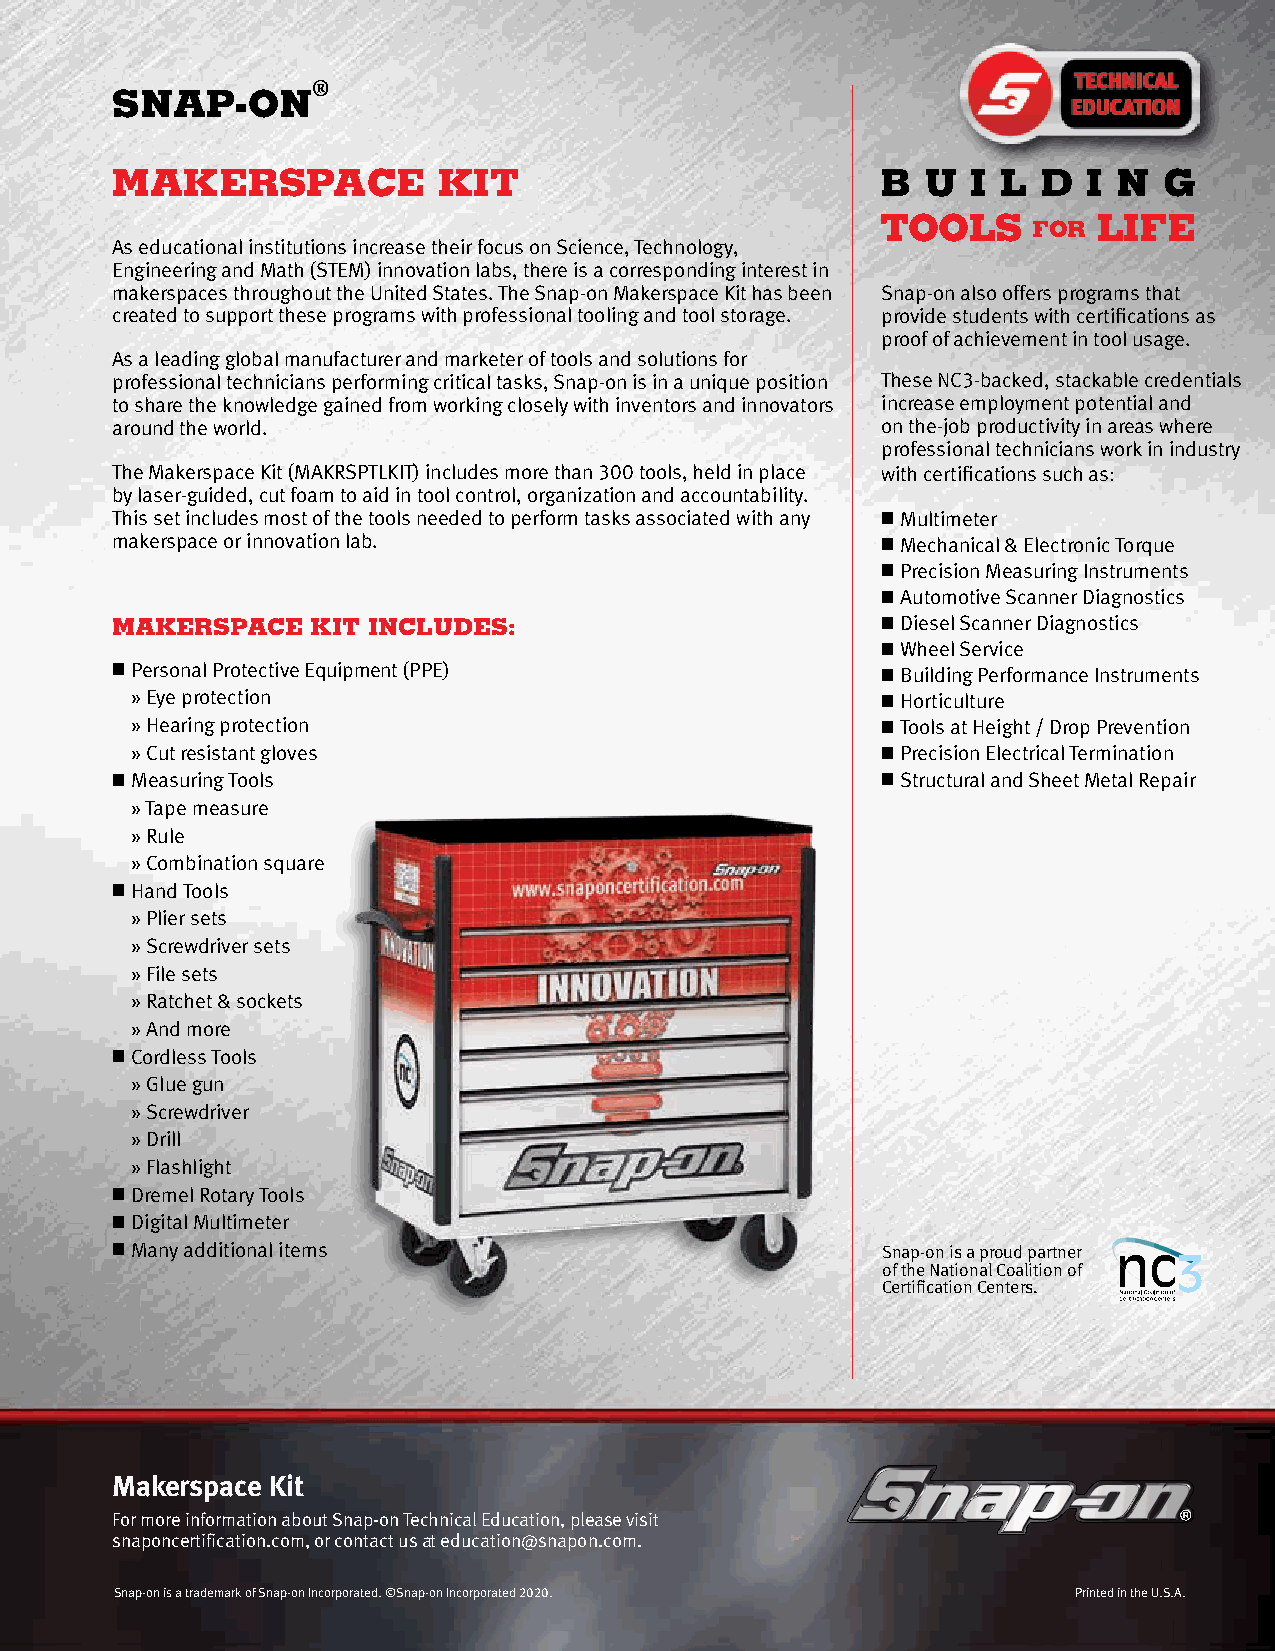
®
 SNAP-ON
 MAKERSPACE            KIT                          B  U  I L  D  I N  G
 TOOLS          LIFE
 FOR
 As educational institutions increase their focus on Science, Technology,
 Engineering and Math (STEM) innovation labs, there is a corresponding interest in
 makerspaces throughout the United States. The Snap-on Makerspace Kit has been Snap-on also offers programs that
 created to support these programs with professional tooling and tool storage. provide students with certifications as
 proof of achievement in tool usage.
 As a leading global manufacturer and marketer of tools and solutions for
 professional technicians performing critical tasks, Snap-on is in a unique position These NC3-backed, stackable credentials
 to share the knowledge gained from working closely with inventors and innovators increase employment potential and
 around the world.                                  on the-job productivity in areas where
 professional technicians work in industry
 The Makerspace Kit (MAKRSPTLKIT) includes more than 300 tools, held in place with certifications such as:
 by laser-guided, cut foam to aid in tool control, organization and accountability.
 This set includes most of the tools needed to perform tasks associated with any nMultimeter
 makerspace or innovation lab.                      nMechanical & Electronic Torque
 nPrecision Measuring Instruments
 nAutomotive Scanner Diagnostics
 MAKERSPACE    KIT INCLUDES:                        nDiesel Scanner Diagnostics
 nWheel Service
 nPersonal Protective Equipment (PPE)               nBuilding Performance Instruments
 »Eye protection                                  nHorticulture
 » Hearing protection                             nTools at Height / Drop Prevention
 »Cut resistant gloves                            nPrecision Electrical Termination
 nMeasuring Tools                                   nStructural and Sheet Metal Repair
 »Tape measure
 »Rule
 »Combination square
 nHand Tools
 »Plier sets
 »Screwdriver sets
 »File sets
 »Ratchet & sockets
 »And more
 nCordless Tools
 »Glue gun
 »Screwdriver
 »Drill
 »Flashlight
 nDremel Rotary Tools
 nDigital Multimeter
 nMany additional items                             Snap-on is a proud partner
 of the National Coalition of
 Certification Centers.
 Makerspace Kit
 For more information about Snap-on Technical Education, please visit
 snaponcertification.com, or contact us at education@snapon.com.
 Snap-on is a trademark of Snap-on Incorporated. ©Snap-on Incorporated 2020. Printed in the U.S.A.